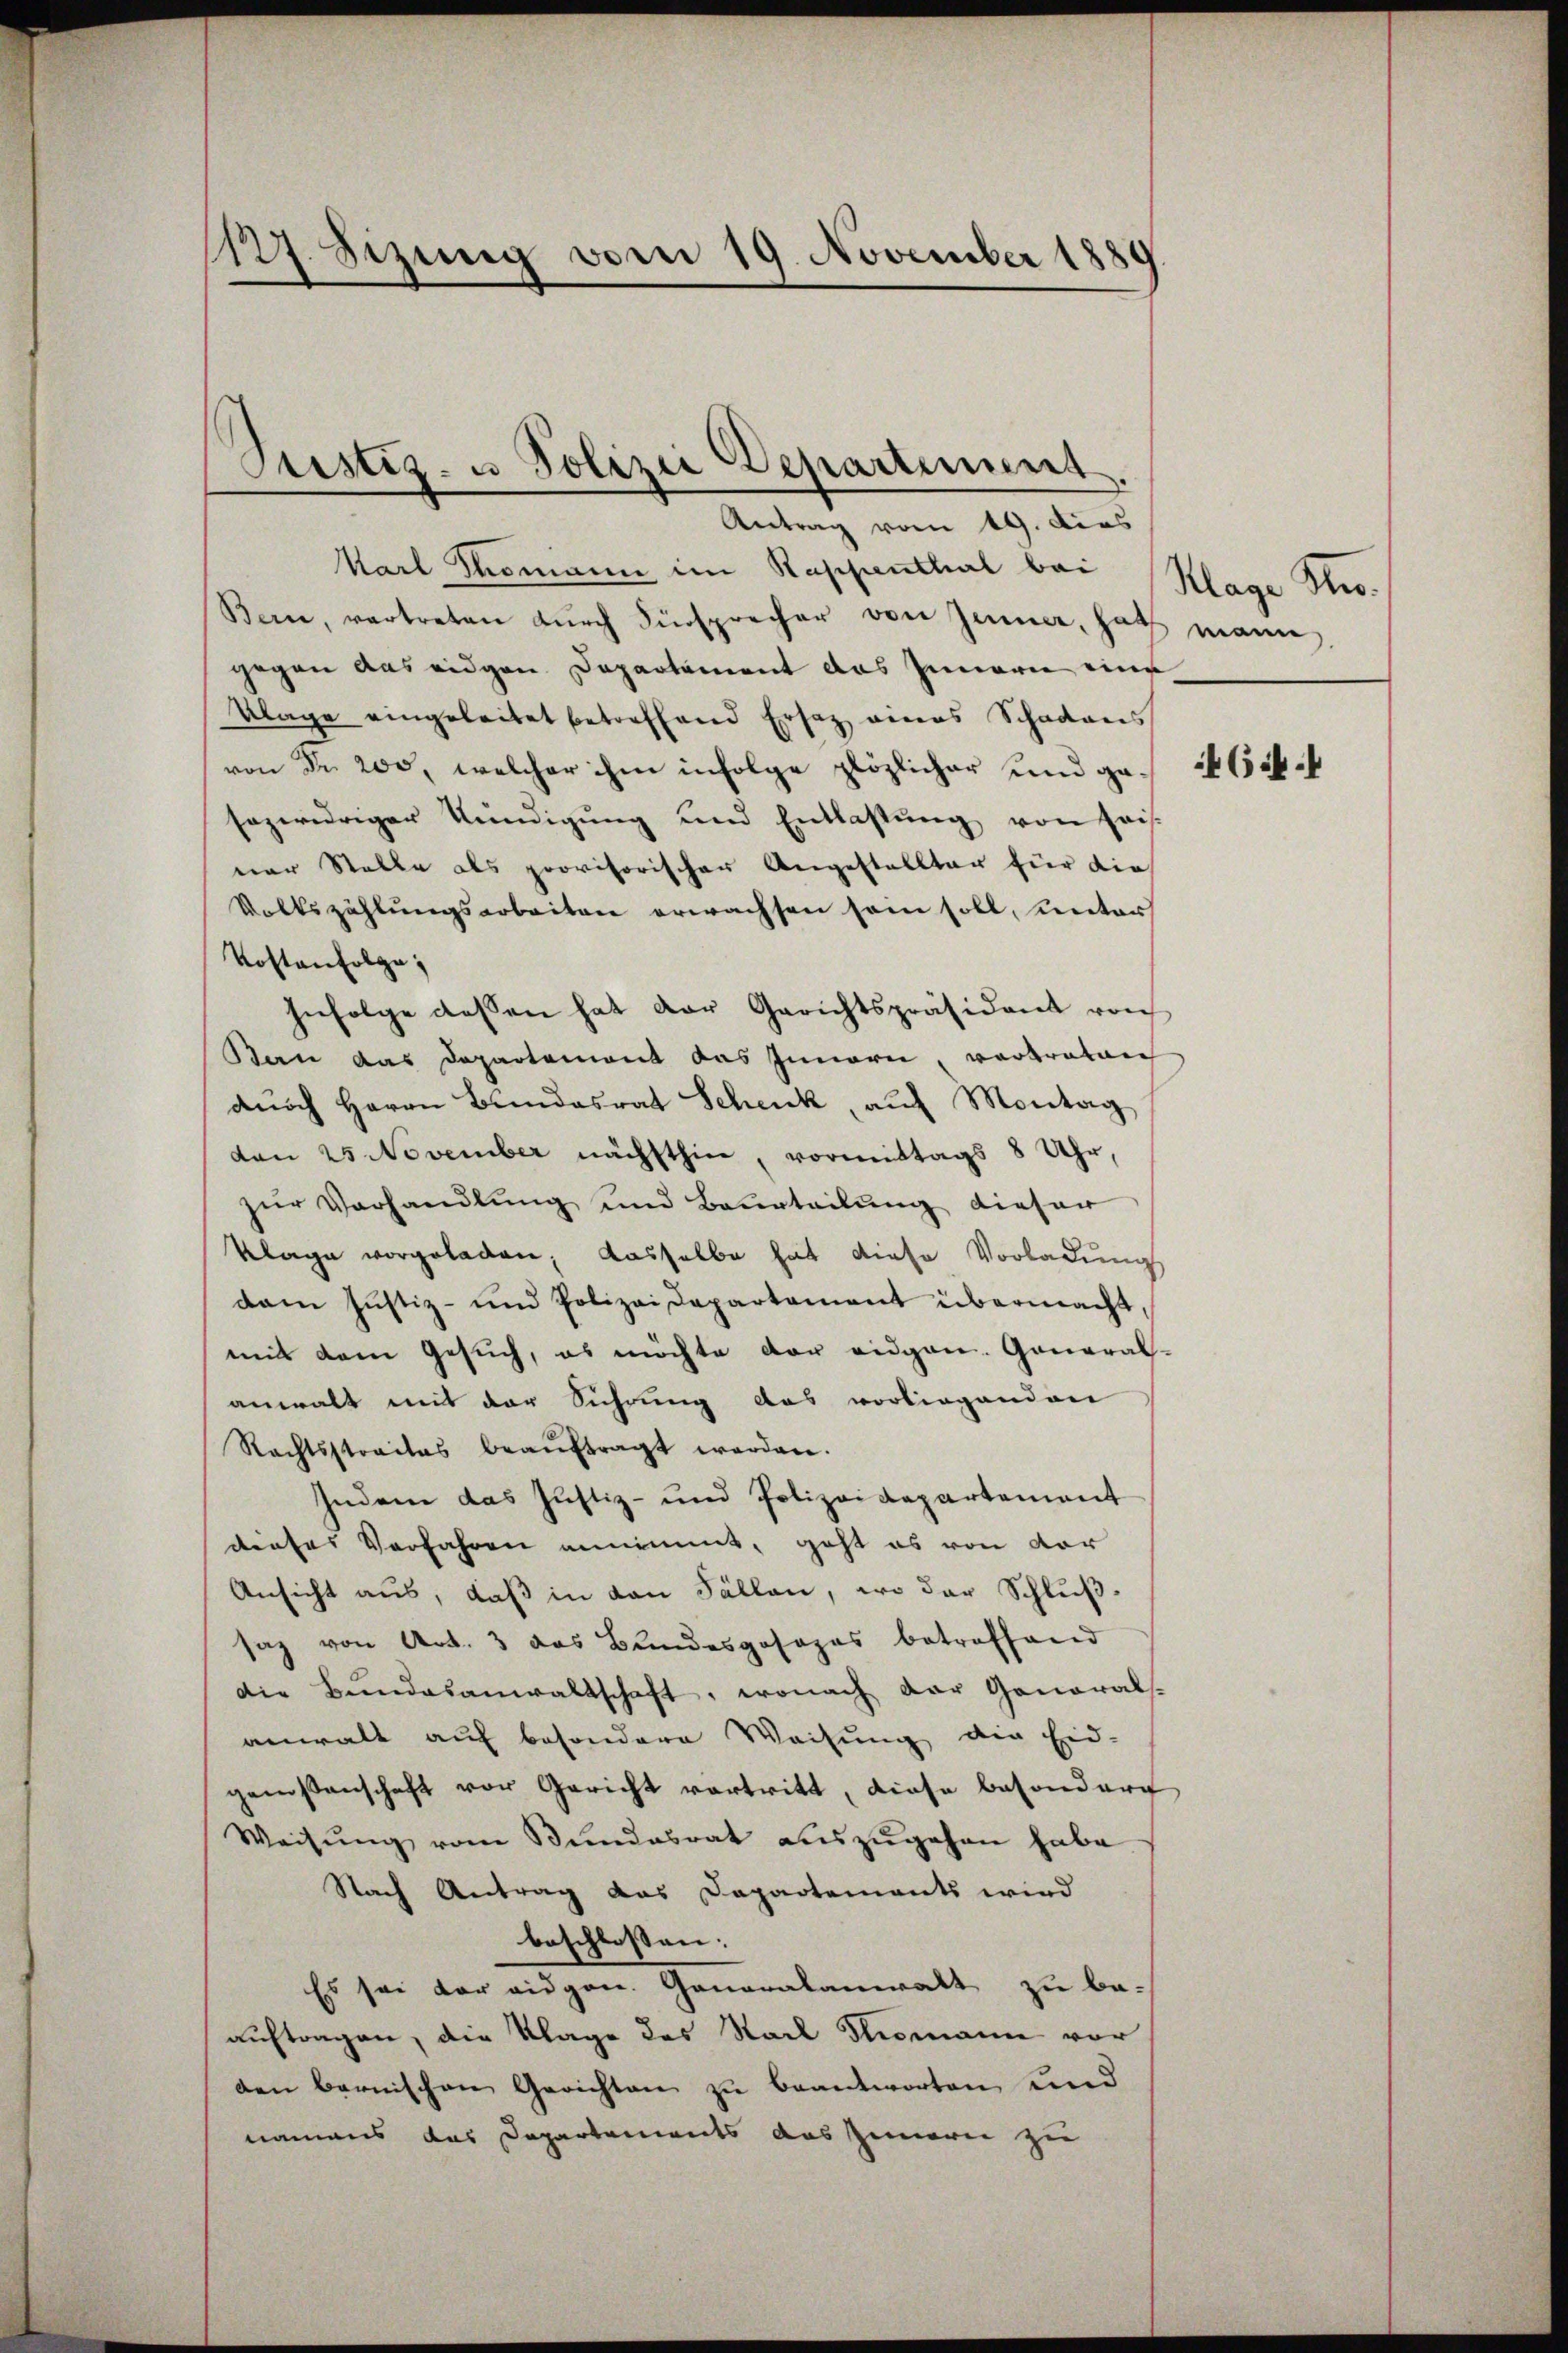
1127. Sizung vom 19. November 1880

Pustiz- u Polizei Departiment.

Antrag vom 19. dies
Karl Thomann im Rappenthal bei Klage Stro¬
Bern, vertreten dŭrch Fürsprecher von Jenner, hat mann,
gegen aus eidgen Departement das Innern eine
Klage eingeleitet betreffend Ersatz eines Schadens
von Fr. 200, welcher ihm infolge plözlicher und ge-
sozwidriger Kündigŭng und Entlastŭng von seis
ver Stelle als provisorischer Angestellter für die
Volkszählungsarbeiten erwachsen sein soll, unter
Kostenfolge;
Infolge dessen hat der Gerichtspräsident von
Ban das Departement das Innern, vortratore
dŭrch Herrn Bundesrat Schenk, auf Montag
den 25. November nächsthin, vormittags 8 Uhr,
zŭr Verhandlŭng und Beurteilŭng dieser
Klage vorgeladen, dasselbe hat diese Vorladungs
dam Justiz- und Polizeidepartement übermacht,
mit dem Gesuch, es möchte der eidgen. General-
anwalt mit der Sichrung das vorliegenden
Rechtsstraites beaŭftragt werden.
Indem das Justiz- und Polizeidepartement
dieses Verfahren annimmt, geht es von vor
Ansicht aus, daß in den Fällen, wo der Schluß-
saz von Art. 3 das Bundesgosozas betreffend
die Bŭndesanwaltschaft, wonach der General-
anwalt auf besondere Weisung die Eid-
genossenschaft vor Gericht vortritt, diese besondere
Weisŭng vom Bŭndesrat aŭszŭgehen habe.
Nach Antrag das Dapartements wird
beschlossen:
Es sei der eidgen. Generalanwalt zu be-
auftragen, die Klage des Stadt Thomanne vor
den bernischen Gerichten zu beantworten und
namens das Departements auszieren zu